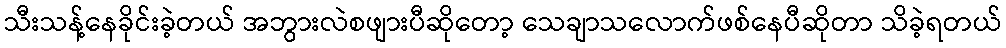
သီးသန့်နေခိုင်းခဲ့တယ် အဘွားလဲစဖျားပီဆိုတော့ သေချာသလောက်ဖစ်နေပီဆိုတာ သိခဲ့ရတယ်